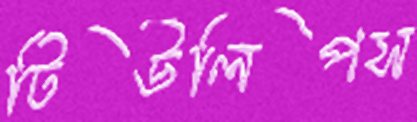
টিউলিপস